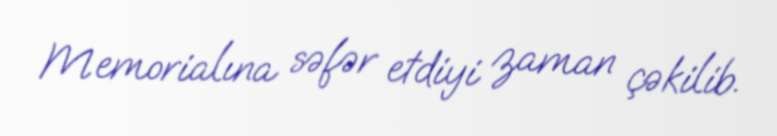
Memorialına səfər etdiyi zaman çəkilib.